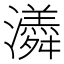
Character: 𭳫